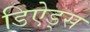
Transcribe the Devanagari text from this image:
डिऐड्स